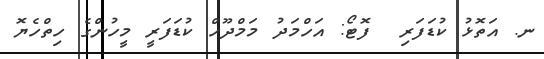
ނ. އަތޮޅު ކުޑަފަރި  ފޮޓޯ: އަހްމަދު މަމްދޫހް ކުޑަފަރީ މީހުންގެ ހިތްހެޔޮ